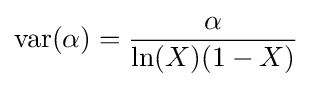
\operatorname {var} (\alpha )={\frac {\alpha }{\ln(X)(1-X)}}